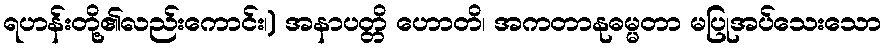
ရဟန်းတို့၏လည်းကောင်း၊) အနာပတ္တိ ဟောတိ၊ အကတာနုဓမ္မတာ မပြုအပ်သေးသော